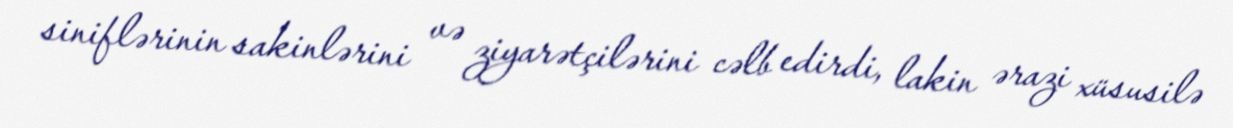
siniflərinin sakinlərini və ziyarətçilərini cəlb edirdi, lakin ərazi xüsusilə